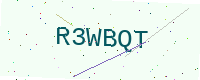
Text: R3WBQT